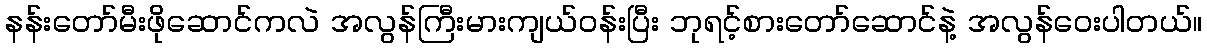
နန်းတော်မီးဖိုဆောင်ကလဲ အလွန်ကြီးမားကျယ်ဝန်းပြီး ဘုရင့်စားတော်ဆောင်နဲ့ အလွန်ဝေးပါတယ်။